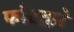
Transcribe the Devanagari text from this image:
फाँटद्वारे